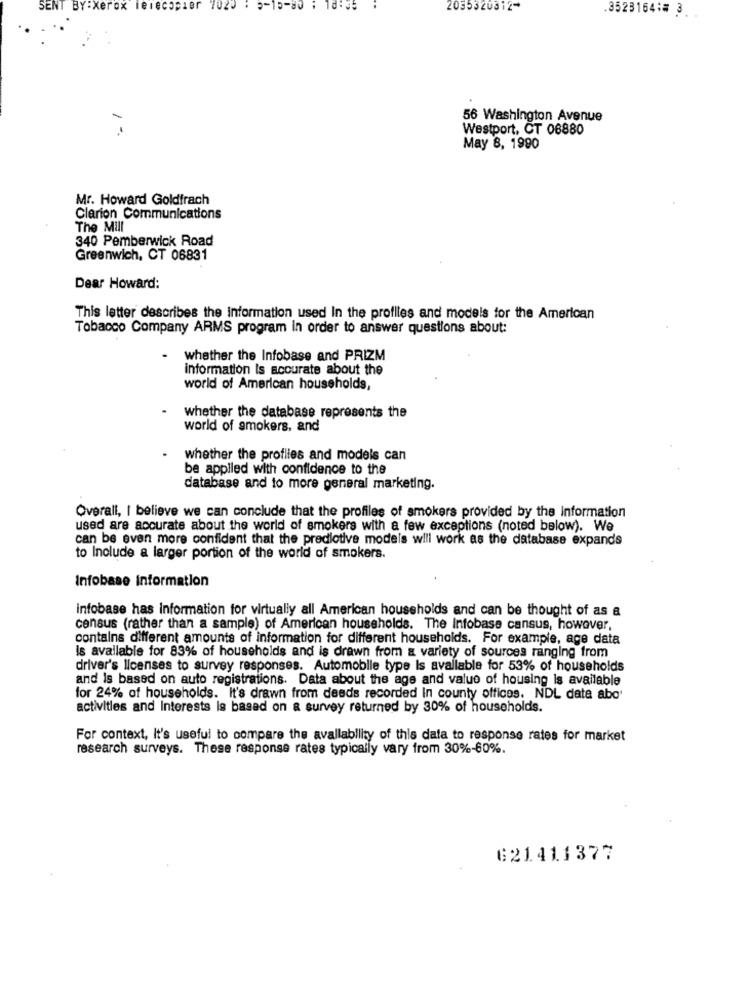
SENT BY:Xerox leiecopier
7020
0-15-80
2035320312*
.3523164:# 3.
56 Washington Avenue
1º
Westport, CT 06880
May 8, 1990
Mr. Howard Goldfrach
Clarion Communications
The Mull
340 Pemberwick Road
Greenwich, CT 06831
Dear Howard:
This letter describes the information used In the profiles and models for the American
Tobacco Company ARMS program In order to answer questions about:
whether the Infobase and PRIZM
information Is accurate about the
world of American households,
whether the database represents the
world of smokers, and
whether the profiles and models can
be applied with confidence to the
database and to more general marketing.
Overall, I believe we can conclude that the profiles of smokers provided by the information
used are accurate about the world of smokers with a few exceptions (noted below). We
can be even more confident that the predictive models will work as the database expands
to Include a larger portion of the world of smokers.
Infobase Information
infobase has information for virtually all American households and can be thought of as a
census (rather than a sample) of American households. The Infobase cansus, however,
contains different amounts of information for different households. For example, age data
Is available for 83% of households and is drawn from a variety of sources ranging from
driver's licenses to survey responses. Automobile type Is available for 53% of households
and Is based on auto registrations. Data about the age and value of housing Is available
for 24% of households. It's drawn from deeds recorded In county offices. NDL data abo'
activities and Interests is based on a survey returned by 30% of households.
For context, It's useful to compare the availability of this data to response rates for market
research surveys. These response rates typically vary from 30%-60%.
621411377